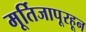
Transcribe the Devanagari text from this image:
मूर्तिजापूरहून